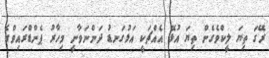
ރޭގަ ތިޔަ ލީކްވެގެން ތިޔަ އުޅޭ އެއްޗަކީ އަޅުގަނޑު ދަންނަވާނީ މިހާރު ޕެންޑްރައިވްގެ